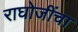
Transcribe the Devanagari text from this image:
राघोजींचा